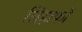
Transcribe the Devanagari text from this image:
लिहाफों